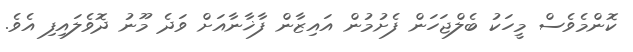
ކޮންމެވެސް މީހަކު ބެލްޖަހަން ފެށުމުން އައިޒާން ފާޚާނާއަށް ވަދެ މޫނު ދޮވެލައިފި އެވެ.